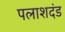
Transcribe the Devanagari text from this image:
पलाशदंड